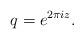
LaTeX: \begin{align*}q=e^{2\pi i z}. \end{align*}